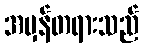
အမှန်တရားသည်